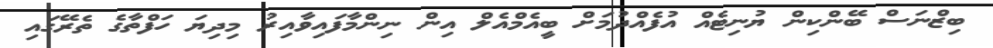
ބިޒްނަސް ބޭންކިން ޔުނިޓެއް އުފެއްދުމަށް ބީއެމްއެލް އިން ނިންމާފައިވާއިރު މިދިޔަ ހަފްތާގެ ތެރޭގައި